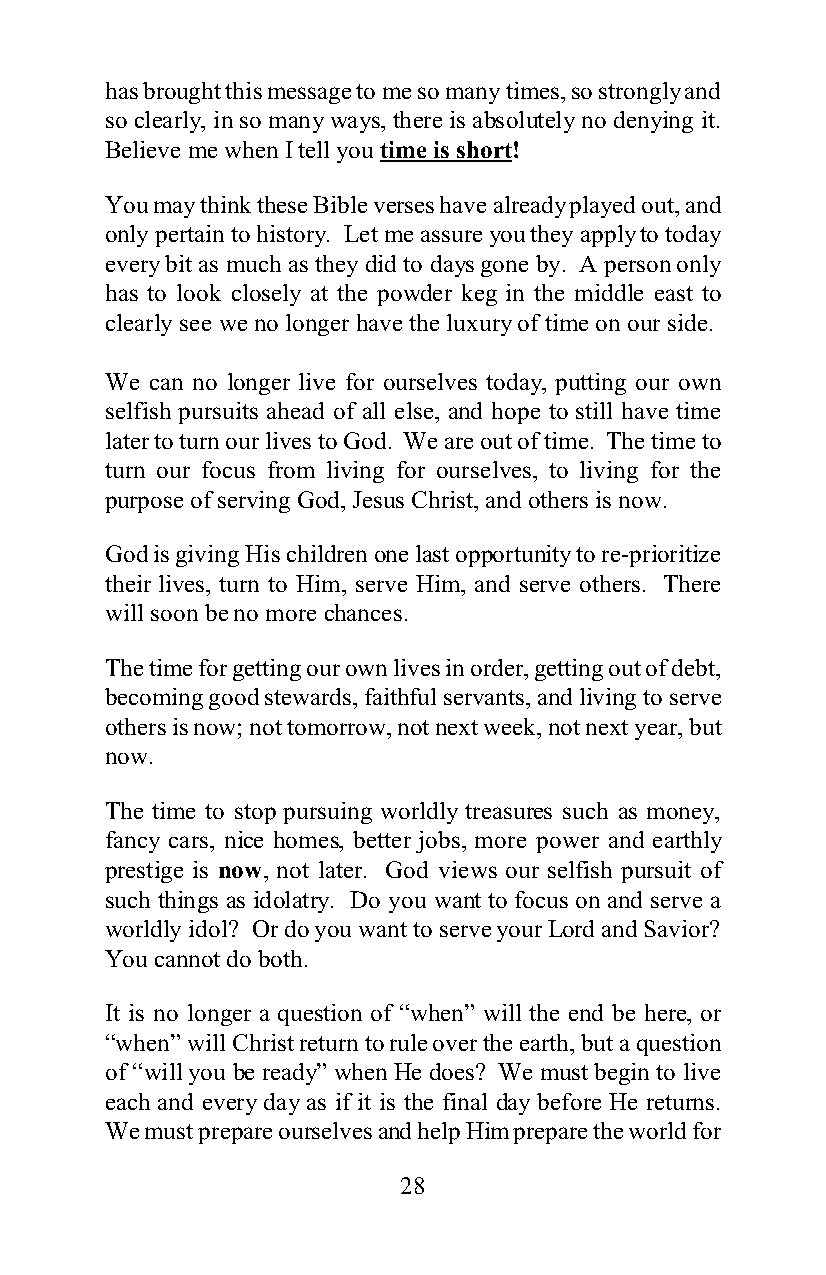
has brought this message to me so many times, so strongly and
 so clearly, in so many ways, there is absolutely no denying it.
 Believe me when I tell you time is short!
 You may think these Bible verses have already played out, and
 only pertain to history. Let me assure you they apply to today
 every bit as much as they did to days gone by. A person only
 has to look closely at the powder keg in the middle east to
 clearly see we no longer have the luxury of time on our side.
 We can no longer live for ourselves today, putting our own
 selfish pursuits ahead of all else, and hope to still have time
 later to turn our lives to God. We are out of time. The time to
 turn our focus from living for ourselves, to living for the
 purpose of serving God, Jesus Christ, and others is now.
 God is giving His children one last opportunity to re-prioritize
 their lives, turn to Him, serve Him, and serve others. There
 will soon be no more chances.
 The time for getting our own lives in order, getting out of debt,
 becoming good stewards, faithful servants, and living to serve
 others is now; not tomorrow, not next week, not next year, but
 now.
 The time to stop pursuing worldly treasures such as money,
 fancy cars, nice homes, better jobs, more power and earthly
 prestige is now, not later. God views our selfish pursuit of
 such things as idolatry. Do you want to focus on and serve a
 worldly idol? Or do you want to serve your Lord and Savior?
 You cannot do both.
 It is no longer a question of “when” will the end be here, or
 “when” will Christ return to rule over the earth, but a question
 of “will you be ready” when He does? We must begin to live
 each and every day as if it is the final day before He returns.
 We must prepare ourselves and help Him prepare the world for
 28